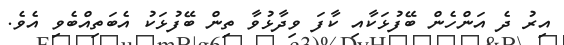
އިރު ދެ އަންހެން ބޭފުޅަކާއި ކާފަ ވިދާޅުވާ ތިން ބޭފުޅަކު އެބަތިއްބެވި އެވެ.